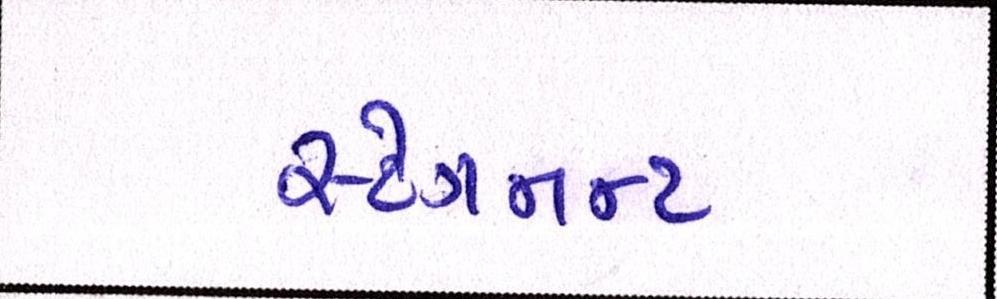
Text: સ્ટેગનન્ટ